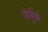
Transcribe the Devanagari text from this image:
जेर्मुक